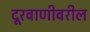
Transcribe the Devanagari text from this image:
दूरवाणीवरील